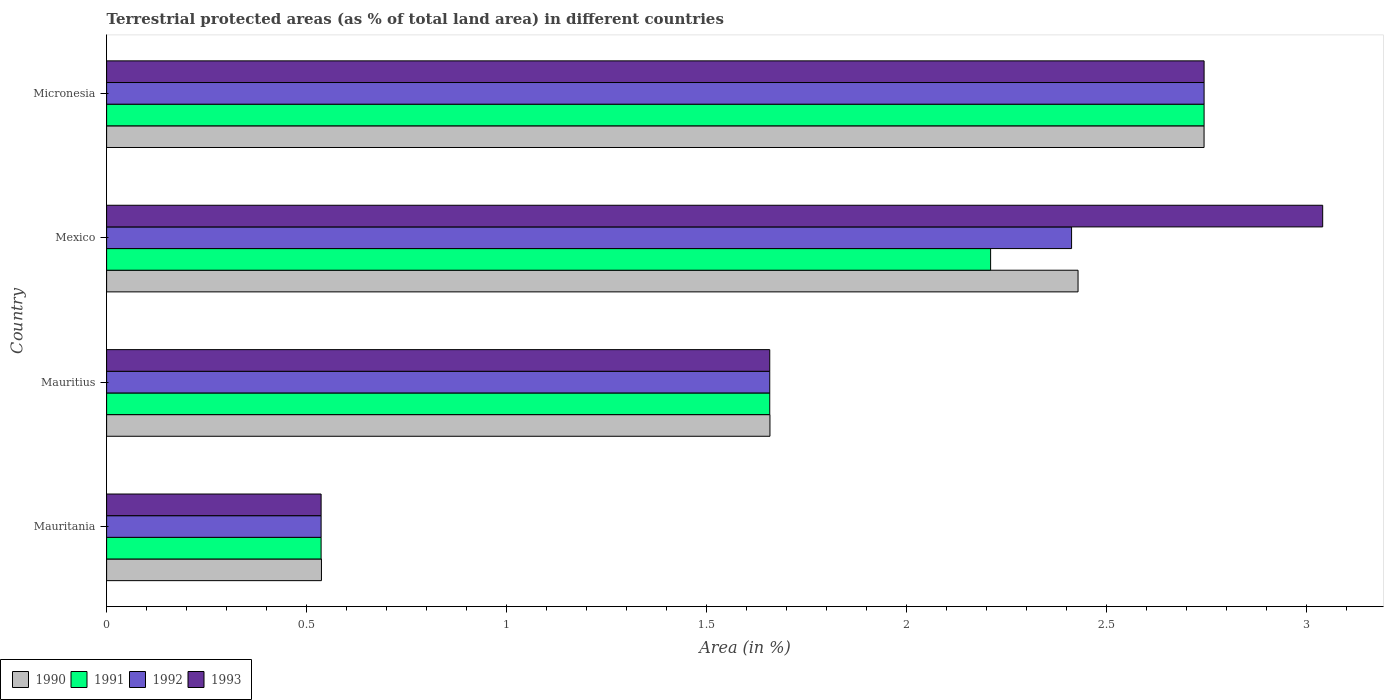
| Country | 1990 | 1991 | 1992 | 1993 |
 | --- | --- | --- | --- | --- |
 | Mauritania | 0.537 | 0.536 | 0.536 | 0.536 |
 | Mauritius | 1.66 | 1.66 | 1.66 | 1.66 |
 | Mexico | 2.43 | 2.21 | 2.41 | 3.04 |
 | Micronesia | 2.74 | 2.74 | 2.74 | 2.74 |